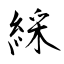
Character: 綵